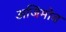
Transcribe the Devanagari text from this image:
अजिमोव